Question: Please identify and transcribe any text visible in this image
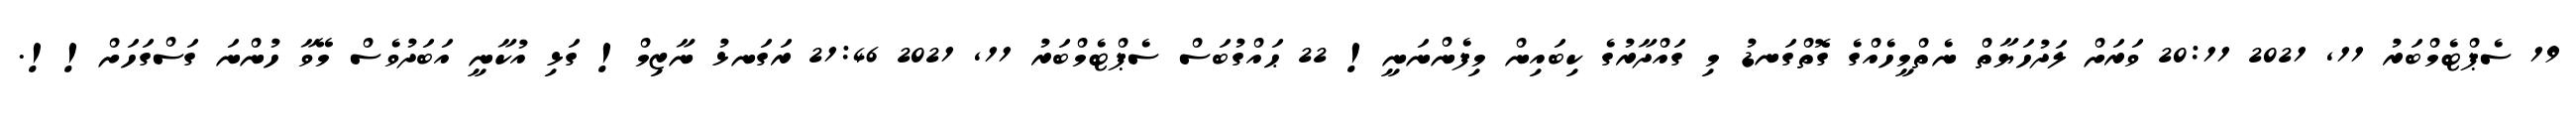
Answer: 19 ސެޕްޓެމްބަރު 11, 2021 20:11 ވަރަށް ލަދުހަޔާތް ނެތްމީހެއްގެ ގޮތްގަނޑު މި ގައްދާރުގެ ކިބައިން މިފެންނަނީ! 22 ޙައްގުބަސް ސެޕްޓެމްބަރު 11, 2021 21:46 ރަގަނޅު ނާޒިމް! ގަޅި އުކާނީ އަބަދުވެސް މޭވާ ހުންނަ ގަސްގަހަށް!!.